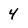
Character: 4